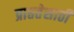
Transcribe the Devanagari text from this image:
प्राप्ततेसाठी